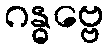
ဂန္ဓဗ္ဗေ